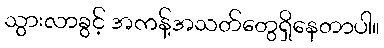
သွားလာခွင့် အကန့်အသတ်တွေရှိနေတာပါ။